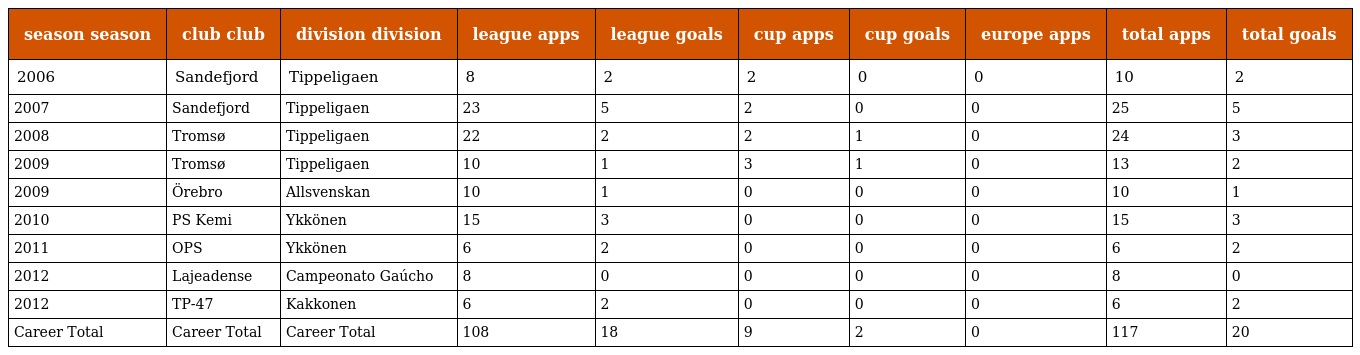
| season season | club club | division division | league apps | league goals | cup apps | cup goals | europe apps | total apps | total goals |
 | --- | --- | --- | --- | --- | --- | --- | --- | --- | --- |
 | 2006 | Sandefjord | Tippeligaen | 8 | 2 | 2 | 0 | 0 | 10 | 2 |
 | 2007 | Sandefjord | Tippeligaen | 23 | 5 | 2 | 0 | 0 | 25 | 5 |
 | 2008 | Tromsø | Tippeligaen | 22 | 2 | 2 | 1 | 0 | 24 | 3 |
 | 2009 | Tromsø | Tippeligaen | 10 | 1 | 3 | 1 | 0 | 13 | 2 |
 | 2009 | Örebro | Allsvenskan | 10 | 1 | 0 | 0 | 0 | 10 | 1 |
 | 2010 | PS Kemi | Ykkönen | 15 | 3 | 0 | 0 | 0 | 15 | 3 |
 | 2011 | OPS | Ykkönen | 6 | 2 | 0 | 0 | 0 | 6 | 2 |
 | 2012 | Lajeadense | Campeonato Gaúcho | 8 | 0 | 0 | 0 | 0 | 8 | 0 |
 | 2012 | TP-47 | Kakkonen | 6 | 2 | 0 | 0 | 0 | 6 | 2 |
 | Career Total | Career Total | Career Total | 108 | 18 | 9 | 2 | 0 | 117 | 20 |